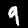
Digit: 9